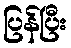
ပြန်ပြီး